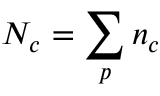
N _ { c } = \sum _ { p } n _ { c }